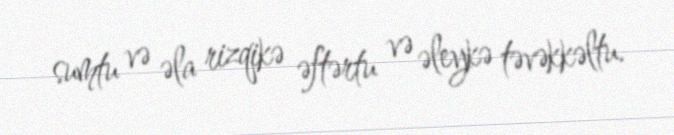
sumtu və əla rizqikə əftərtu və əleykə təvəkkəltu.